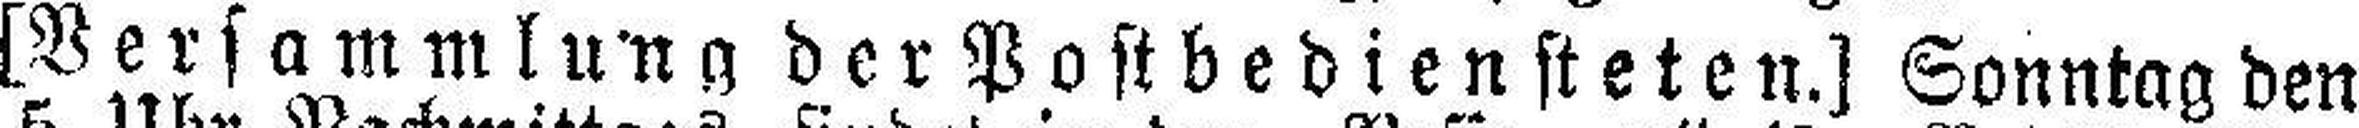
[Versammlung der Postbediensteten.] Sonntag den